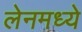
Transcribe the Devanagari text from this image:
लेनमध्ये